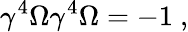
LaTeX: \gamma^{4}\Omega\gamma^{4}\Omega=-1~,